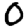
Digit: 0